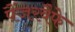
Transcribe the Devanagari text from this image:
पैंजरवैफे